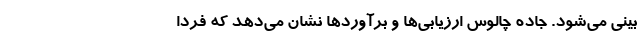
بینی می‌شود. جاده چالوس ارزیابی‌ها و برآورد‌ها نشان می‌دهد که فردا